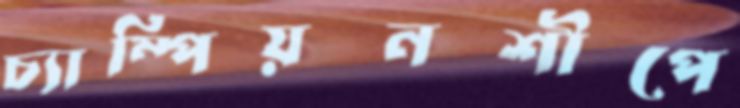
চ্যাম্পিয়নশীপে